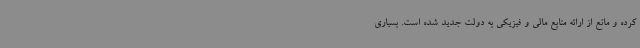
کرده و مانع از ارائه منابع مالی و فیزیکی به دولت جدید شده است. بسیاری